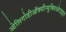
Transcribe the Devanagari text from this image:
ओलिगोडीऑक्सीन्यूक्लिओटाइड्स